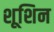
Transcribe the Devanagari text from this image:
शूशिन